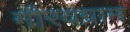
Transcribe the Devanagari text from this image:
गौरवग्राम